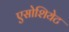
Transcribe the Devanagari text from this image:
एसोशियेट